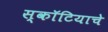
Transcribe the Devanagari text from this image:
स्कॉटियाचे